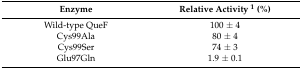
<table><thead><tr><td><b>Enzyme</b></td><td><b>Relative Activity <sup>1</sup> (%)</b></td></tr></thead><tbody><tr><td>Wild-type QueF</td><td>100 ± 4</td></tr><tr><td>Cys99Ala</td><td>80 ± 4</td></tr><tr><td>Cys99Ser</td><td>74 ± 3</td></tr><tr><td>Glu97Gln</td><td>1.9 ± 0.1</td></tr></tbody></table>